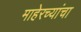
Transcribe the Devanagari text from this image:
माहेरच्यांचा